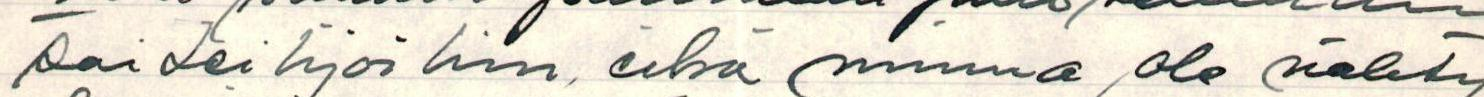
taiteilijoihin, eikä minua ole nähty